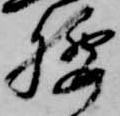
腰